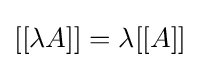
[[\lambda A]]=\lambda [[A]]